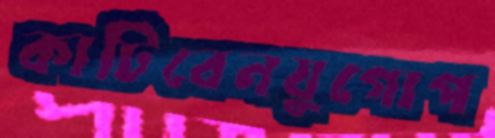
কাটিবেনযুগোপ